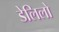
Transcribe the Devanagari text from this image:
डेलिलो